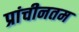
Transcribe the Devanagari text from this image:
प्रांचीनतम